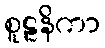
စူဠနိကာ